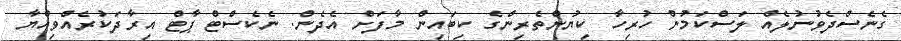
ގެނެސްދެވުނުލެއް ލަސްކަމުން ހުރިހާ ކިޔުންތެރިންގެ ކިބައިން މާފަށް އެދެން. ނެކެސްޓް ޕާޓް އިރާދަކުރެއްވިއްޔާ